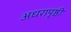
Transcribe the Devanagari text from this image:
अधरापृष्ठी